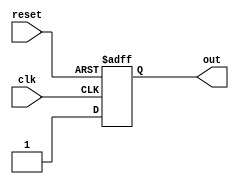
module assign_statement(
  input wire clk,
  input wire reset,
  output reg out
);

always @(posedge clk or posedge reset)
if (reset)
out <= 0;
else
out <= 1;

endmodule